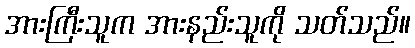
အားကြီးသူက အားနည်းသူကို သတ်သည်။